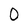
Character: O